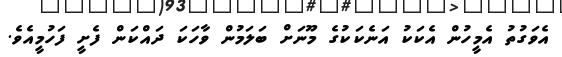
އެވަގުތު އެމީހުން އެކަކު އަނެކަކުގެ މޫނަށް ބަލަމުން ވާހަކަ ދައްކަން ފެށީ ފަހުމީއެވެ.